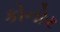
કોનોર